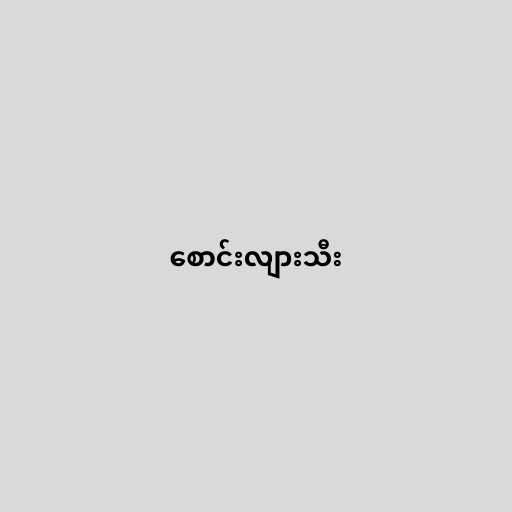
စောင်းလျားသီး